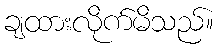
ချထားလိုက်မိသည်။